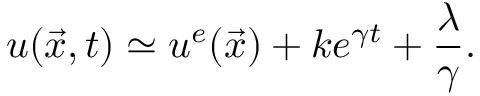
u ( \vec { x } , t ) \simeq u ^ { e } ( \vec { x } ) + k e ^ { \gamma t } + \frac { \lambda } { \gamma } .